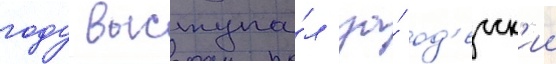
году выступа́л за́ од'есск'ии